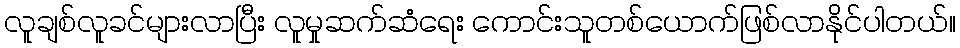
လူချစ်လူခင်များလာပြီး လူမှုဆက်ဆံရေး ကောင်းသူတစ်ယောက်ဖြစ်လာနိုင်ပါတယ်။